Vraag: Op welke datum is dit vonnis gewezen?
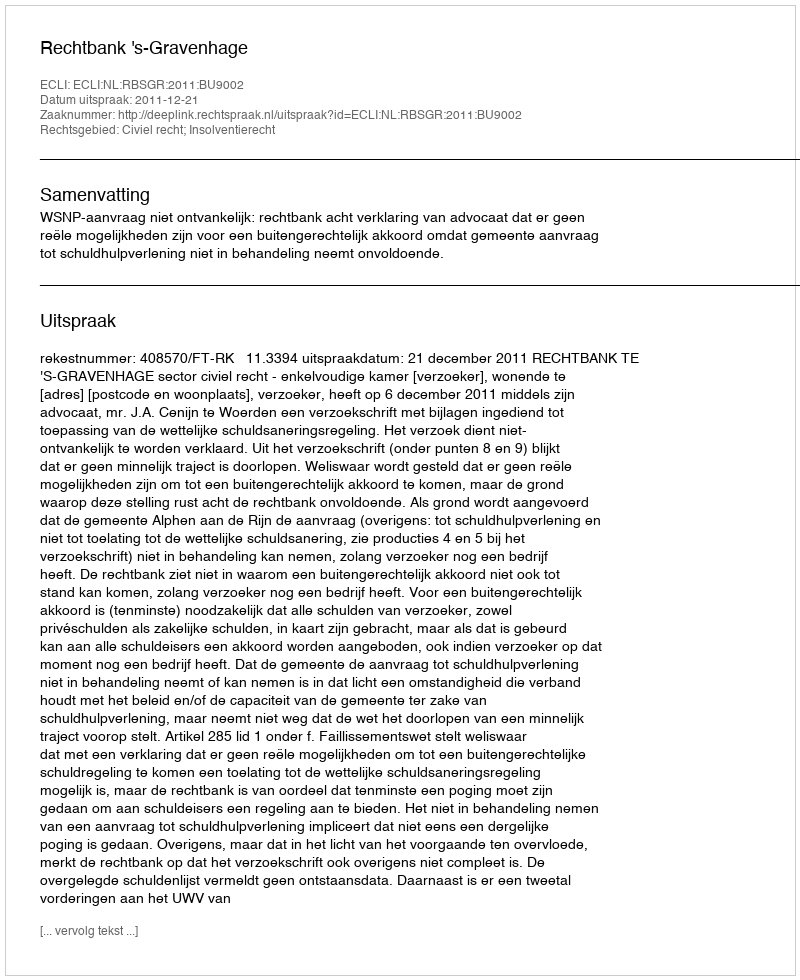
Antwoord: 2011-12-21